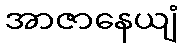
အာဇာနေယျံ